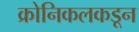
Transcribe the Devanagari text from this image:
क्रोनिकलकडून